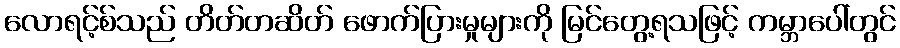
လောရင့်စ်သည် တိတ်တဆိတ် ဖောက်ပြားမှုများကို မြင်တွေ့ရသဖြင့် ကမ္ဘာပေါ်တွင်